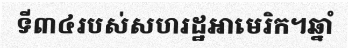
ទី៣៤របស់សហរដ្ឋអាមេរិក។ឆ្នាំ